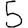
Digit: 5